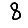
Digit: 8